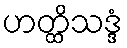
ဟတ္ထိသဒ္ဒံ